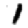
Digit: 1